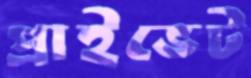
প্রাইভেট